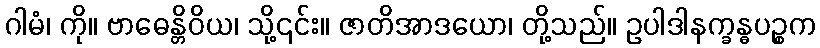
ဂါမံ၊ ကို။ ဗာဓေန္တိဝိယ၊ သို့၎င်း။ ဇာတိအာဒယော၊ တို့သည်။ ဥပါဒါနက္ခန္ဓပဉ္စက